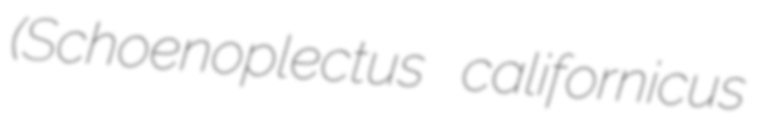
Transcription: (Schoenoplectus californicus